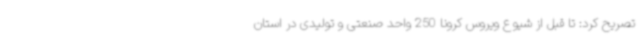
تصریح کرد: تا قبل از شیوع ویروس کرونا 250 واحد صنعتی و تولیدی در استان